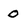
Character: 0